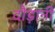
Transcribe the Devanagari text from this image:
दौड़ानी